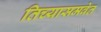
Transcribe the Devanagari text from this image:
तिच्यासमवेत